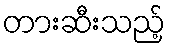
တားဆီးသည့်